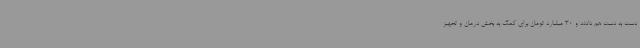
دست به دست هم دادند و 30 میلیارد تومان برای کمک به بخش درمان و تجهیز